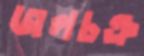
জলচক্র